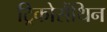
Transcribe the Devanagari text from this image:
ट्रिकोसैंथिन